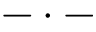
- \cdot -